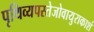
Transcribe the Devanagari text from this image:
पृथिव्यपस्तेजोवायुराकाशं